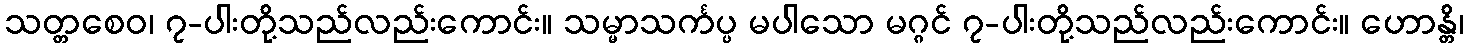
သတ္တစေဝ၊ ၇-ပါးတို့သည်လည်းကောင်း။ သမ္မာသင်္ကပ္ပ မပါသော မဂ္ဂင် ၇-ပါးတို့သည်လည်းကောင်း။ ဟောန္တိ၊